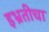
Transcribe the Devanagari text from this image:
इभ्रतीचा